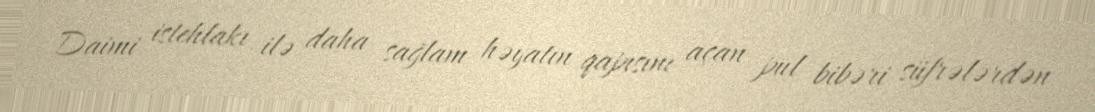
Daimi istehlakı ilə daha sağlam həyatın qapısını açan pul bibəri süfrələrdən